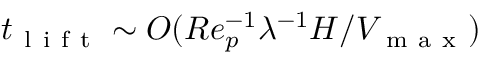
t _ { \mathrm { ~ l ~ i ~ f ~ t ~ } } \sim O ( R e _ { p } ^ { - 1 } \lambda ^ { - 1 } H / V _ { \mathrm { ~ m ~ a ~ x ~ } } )